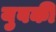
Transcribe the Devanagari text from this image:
युवकी